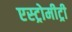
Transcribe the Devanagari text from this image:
एस्ट्रोमीट्री